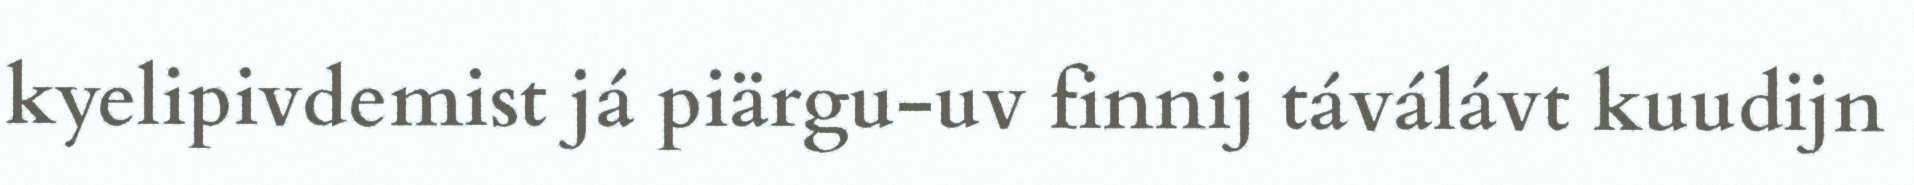
kyelipivdemist já piärgu-uv finnij táválávt kuudijn